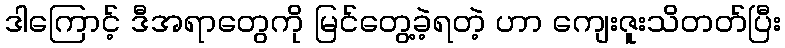
ဒါကြောင့် ဒီအရာတွေကို မြင်တွေ့ခဲ့ရတဲ့ ဟာ ကျေးဇူးသိတတ်ပြီး